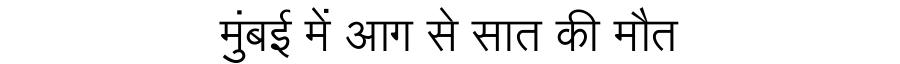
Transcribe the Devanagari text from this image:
मुंबई में आग से सात की मौत